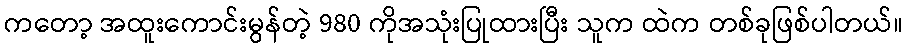
ကတော့ အထူးကောင်းမွန်တဲ့ 980 ကိုအသုံးပြုထားပြီး သူက ထဲက တစ်ခုဖြစ်ပါတယ်။